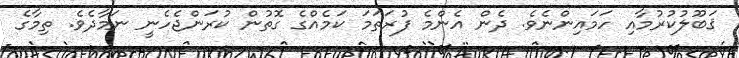
ޤަބޫލުކުރުމާއި ހަމައިންނެވެ. ދެން އެންމެ ފުރަތަމަ ކަމެއްގެ ގޮތުން ކުރަންޖެހެނީ ނަމާދެވެ. ތިމާގެ